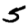
Digit: 5